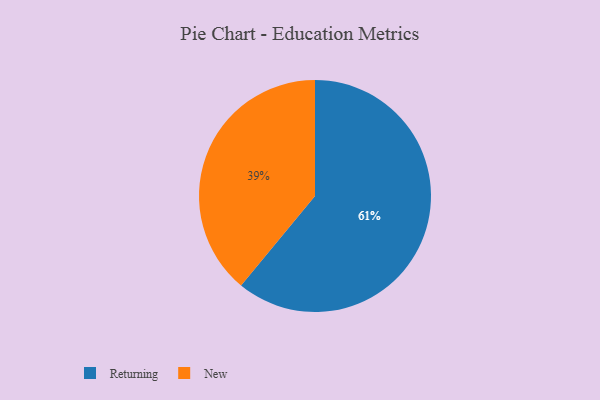
{"axis": {"x": "Category", "y": "Percentage"}, "legend": ["New", "Returning"], "data": [{"x": "Returning", "y": 61, "type": "Returning"}, {"x": "New", "y": 39, "type": "New"}]}